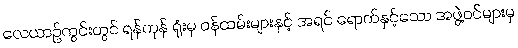
လေယာဉ်ကွင်းတွင် ရန်ကုန် ရုံးမှ ဝန်ထမ်းများနှင့် အရင် ရောက်နှင့်သော အဖွဲ့ဝင်များမှ